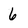
Character: 6